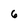
Character: 6